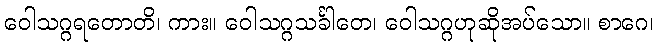
ဝေါသဂ္ဂရတောတိ၊ ကား။ ဝေါသဂ္ဂသင်္ခါတေ၊ ဝေါသဂ္ဂဟုဆိုအပ်သော။ စာဂေ၊